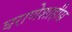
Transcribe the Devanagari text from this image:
घराणेशाहीस